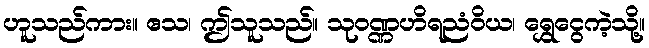
ဟူသည်ကား။ ဧသ၊ ဤသူသည်။ သုဝဏ္ဏဟိရညံဝိယ၊ ရွှေငွေကဲ့သို့။